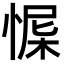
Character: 㥡